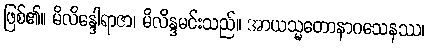
ဖြစ်၏။ မိလိန္ဒေါရာဇာ၊ မိလိန္ဒမင်းသည်။ အာယသ္မတောနာဂသေနဿ၊